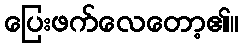
ပြေးဖက်လေတော့၏။